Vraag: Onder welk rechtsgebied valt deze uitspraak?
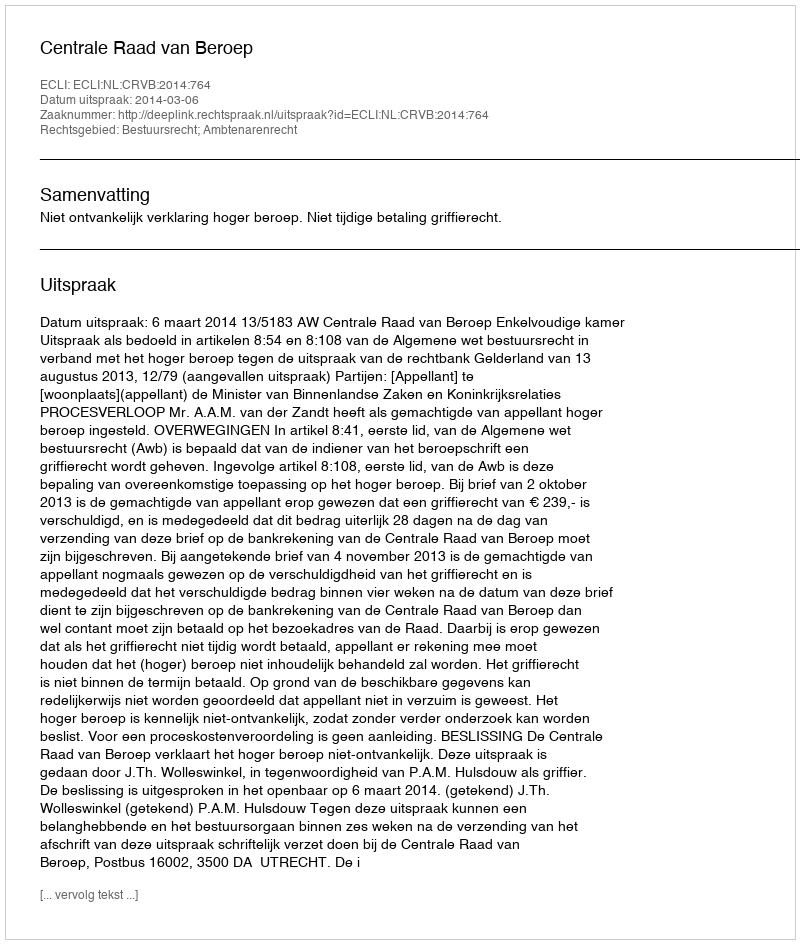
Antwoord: Bestuursrecht; Ambtenarenrecht